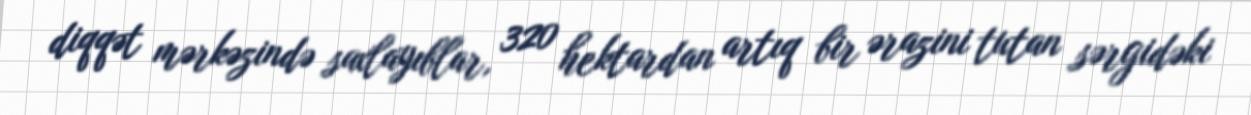
diqqət mərkəzində saxlayıblar, 320 hektardan artıq bir ərazini tutan sərgidəki